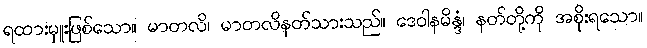
ရထားမှူးဖြစ်သော။ မာတလိ၊ မာတလိနတ်သားသည်။ ဒေဝါနမိန္ဒံ၊ နတ်တို့ကို အစိုးရသော။